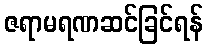
ဇရာမရဏဆင်ခြင်ရန်